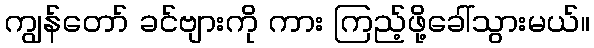
ကျွန်တော် ခင်ဗျားကို ကား ကြည့်ဖို့ခေါ်သွားမယ်။